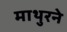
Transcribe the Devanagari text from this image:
माथुरने